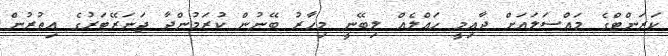
ކަރަންޓްގެ މައްސަލައަށް ދާއިމީ ހައްލެއް ލިބޭނީ މިހާރު ބޭނުން ކުރަމުންދާ ޖަނަރޭޓަރުގެ އިތުރުން